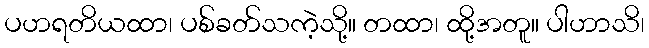
ပဟရတိယထာ၊ ပစ်ခတ်သကဲ့သို့။ တထာ၊ ထို့အတူ။ ပါဟာသိ၊